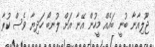
ޖޫލިއާނާ ބުނީ ބައެއް މީހުން އޭނާ އަށް ލުނބޯ ހަދިޔާ ވެސް ކުރާ